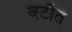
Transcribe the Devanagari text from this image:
बटौत